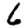
Digit: 6